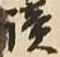
読